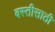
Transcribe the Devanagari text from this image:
बस्तीसाठी